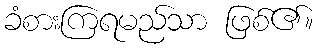
ခံစားကြရမည်သာ ဖြစ်၏။